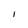
Character: I